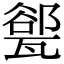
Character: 𪼾